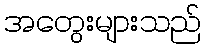
အတွေးများသည်